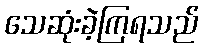
သေဆုံးခဲ့ကြရသည်